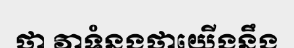
ថា វាទំនងថាយើងនឹង